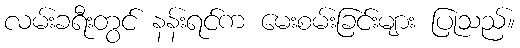
လမ်းခရီးတွင် နန်းရင်က မေးစမ်းခြင်းများ ပြုသည်။